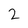
Character: 2